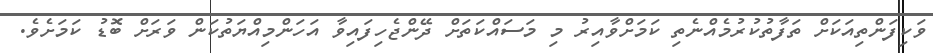
ވަކިފަންތިއަކަށް ތަފާތުކުރުމެއްނެތި ކަމަށްވާއިރު މި މަސައްކަތަށް ދޭންޖެހިފައިވާ އަހަންމިއްޔަތުކަން ވަރަށް ބޮޑު ކަމަށެވެ.